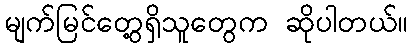
မျက်မြင်တွေ့ရှိသူတွေက ဆိုပါတယ်။